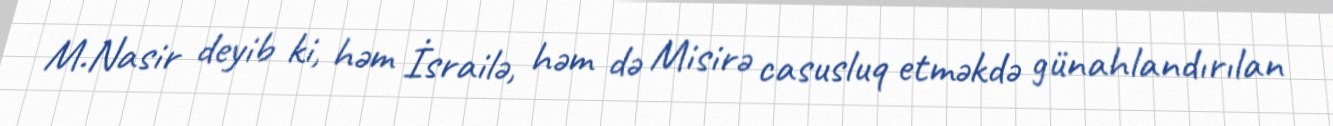
M.Nasir deyib ki, həm İsrailə, həm də Misirə casusluq etməkdə günahlandırılan